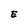
Character: E